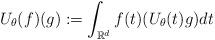
\begin{align*} U_\theta(f)( g):=\int_{\mathbb{R}^d}f(t)(U_\theta(t)g)dt\end{align*}